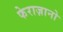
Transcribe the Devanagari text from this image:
फेराज़ानो